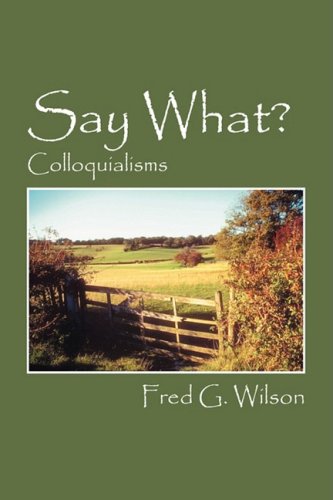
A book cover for Say What?: Colloquialisms; Fred G. Wilson; Reference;